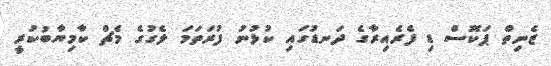
ޒެނިތް ޕަކޮސް ޑި ފެރެއިރާގެ ދަނޑުގައި ކުޅުނު ފުރަތަމަ ލެގުގެ މެޗް ކާމިޔާބުކުރީ